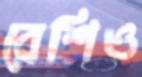
রেশিও